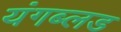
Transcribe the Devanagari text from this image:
यंगब्लड